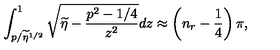
\int _ { p / \widetilde { \eta } ^ { 1 / 2 } } ^ { 1 } \sqrt { \widetilde { \eta } - \frac { p ^ { 2 } - 1 / 4 } { z ^ { 2 } } } d z \approx \left( n _ { r } - \frac { 1 } { 4 } \right) \pi ,